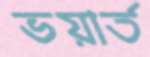
ভয়ার্ত